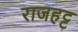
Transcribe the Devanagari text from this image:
राजहट्ट